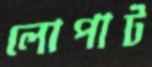
লোপাট